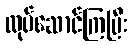
လုပ်ဆောင်ကြပြီး